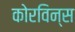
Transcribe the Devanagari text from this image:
कोरविन्स